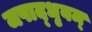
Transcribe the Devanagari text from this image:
जपाद्‌धृवम्